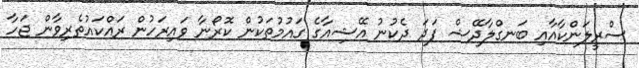
ސްރީލަންކާއާއި ބަނގްލާދޭޝް ފަދަ ދެކުނު އޭޝިއާގެ ގައުމުތަކުން ކޮރޯނާ ވައިރަހުން ރައްކައުތެރިވާން ޖަހާ